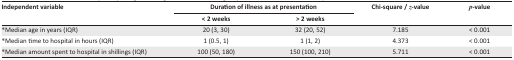
<table><thead><tr><td rowspan="2"><b>Independent variable</b></td><td colspan="2"><b>Duration of illness as at presentation</b></td><td rowspan="2"><b>Chi-square / <i>z</i>-value</b></td><td rowspan="2"><b><i>p</i>-value</b></td></tr><tr><td><b>&lt; 2 weeks</b></td><td><b>&gt; 2 weeks</b></td></tr></thead><tbody><tr><td>*Median age in years (IQR)</td><td>20 (3, 30)</td><td>32 (20, 52)</td><td>7.185</td><td>&lt; 0.001</td></tr><tr><td>*Median time to hospital in hours (IQR)</td><td>1 (0.5, 1)</td><td>1 (1, 2)</td><td>4.373</td><td>&lt; 0.001</td></tr><tr><td>*Median amount spent to hospital in shillings (IQR)</td><td>100 (50, 180)</td><td>150 (100, 210)</td><td>5.711</td><td>&lt; 0.001</td></tr></tbody></table>